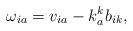
\begin{align*}\omega_{ia}=v_{ia}-k_a^kb_{ik},\end{align*}